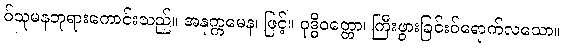
ဝ်သုမနဘုရားကောင်းသည်။ အနုက္ကမေန၊ ဖြင့်။ ဝုဒ္ဓိဝတ္တော၊ ကြီးဖွားခြင်းဝ်ရောက်လသော။